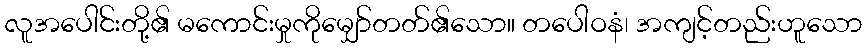
လူအပေါင်းတို့၏ မကောင်းမှုကိုမျှော်တတ်၏သော။ တပေါဝနံ၊ အကျင့်တည်းဟူသော